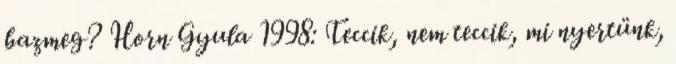
bazmeg? Horn Gyula 1998: Teccik, nem teccik, mi nyertünk,